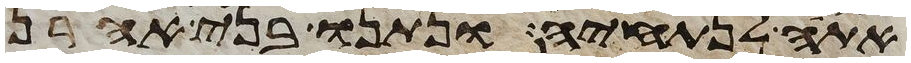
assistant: אתה לנתחיה ונתנו בני אהרן